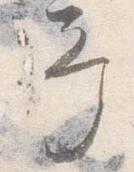
予